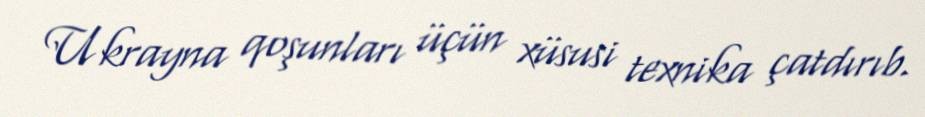
Ukrayna qoşunları üçün xüsusi texnika çatdırıb.